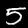
Label: 5